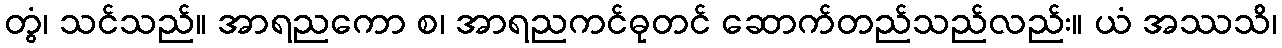
တွံ၊ သင်သည်။ အာရညကော စ၊ အာရညကင်ဓုတင် ဆောက်တည်သည်လည်း။ ယံ အဿသိ၊